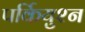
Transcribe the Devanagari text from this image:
पर्कियुश्न